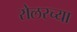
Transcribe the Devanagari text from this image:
रोलरच्या